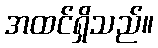
အထင်ရှိသည်။